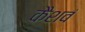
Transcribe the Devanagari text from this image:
कैशवं